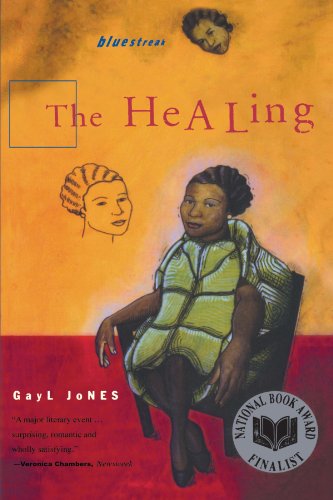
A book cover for The Healing (Bluestreak); Gayl Jones; Literature & Fiction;